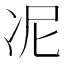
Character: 𭂊